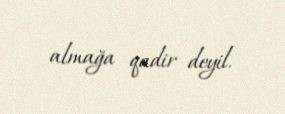
almağa qadir deyil.